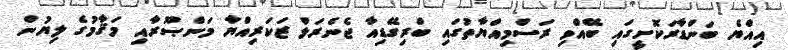
އިއްޔެ ބަންޑާރަކޮށީގައި ބޭއްވި ރަސްމިއްޔާތުގައި ބްރިގޭޑިއާ ޖެނެރަލް ޒަކަރިއްޔާ މަންޞޫރާއި މަޤާމުގެ ލިޔުން